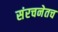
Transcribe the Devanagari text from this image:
संरचनेतच